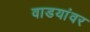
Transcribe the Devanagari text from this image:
वाडयांवर